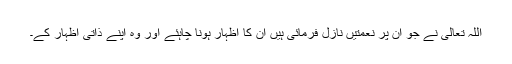
اللہ تعالیٰ نے جو ان پر نعمتیں نازل فرمائی ہیں ان کا اظہار ہونا چاہئے اور وہ اپنے ذاتی اظہار کے۔